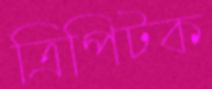
ত্রিপিটক